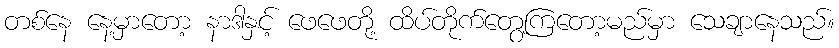
တစ်နေ နေ့မှာတော့ နာဒါနှင့် ဖေဖေတို့ ထိပ်တိုက်တွေ့ကြတော့မည်မှာ သေချာနေသည်။